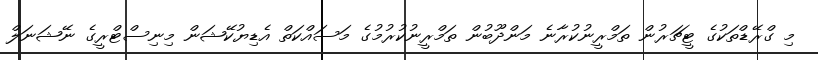
މި ގްރޭޑްތަކުގެ ޓީޗަރުން ތަމްރީނުކުރާނެ މަންދޫބުން ތަމްރީނުކުރުމުގެ މަސައްކަތް އެޑިޔުކޭޝަން މިނިސްޓްރީގެ ނޭޝަނަލް